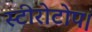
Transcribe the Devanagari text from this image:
स्टीरोटोप।